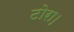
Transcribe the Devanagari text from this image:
टोरा।